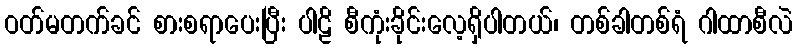
ဝတ်မတက်ခင် စားစရာပေးပြီး ပါဠိ စီကုံးခိုင်းလေ့ရှိပါတယ်၊ တစ်ခါတစ်ရံ ဂါထာစီလဲ